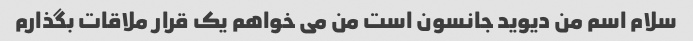
سلام اسم من دیوید جانسون است من می خواهم یک قرار ملاقات بگذارم